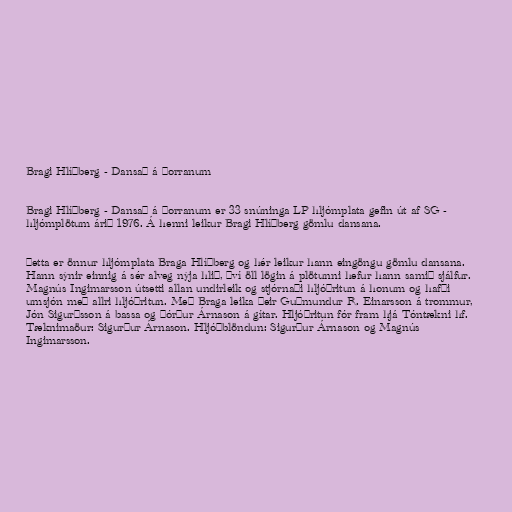
Bragi Hlíðberg - Dansað á þorranum

Bragi Hlíðberg - Dansað á þorranum er 33 snúninga LP hljómplata gefin út af SG -
hljómplötum árið 1976. Á henni leikur Bragi Hlíðberg gömlu dansana.

Þetta er önnur hljómplata Braga Hlíðberg og hér leikur hann eingöngu gömlu dansana.
Hann sýnir einnig á sér alveg nýja hlið, því öll lögin á plötunni hefur hann samið sjálfur.
Magnús Ingimarsson útsetti allan undirleik og stjórnaði hljóðritun á honum og hafði
umsjón með allri hljóðritun. Með Braga leika þeir Guðmundur R. Einarsson á trommur,
Jón Sigurðsson á bassa og Þórður Árnason á gítar. Hljóðritun fór fram hjá Tóntækni hf.
Tæknimaöur: Sigurður Árnason. Hljóðblöndun: Sigurður Árnason og Magnús
Ingimarsson.